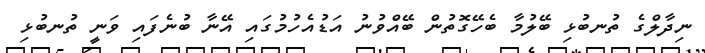
ނިދާލްގެ ތުނބުޅި ބޭލުމާ ބެހޭގޮތުން ބޭއްވުނު އަޑުއެހުމުގައި އޭނާ ބުނެފައި ވަނީ ތުނބުޅި